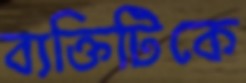
ব্যক্তিটিকে